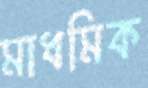
মাধমিক